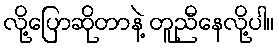
လို့ပြောဆိုတာနဲ့ တူညီနေလို့ပါ။